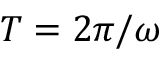
T = 2 \pi / \omega